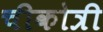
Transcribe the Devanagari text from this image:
चीकोत्री